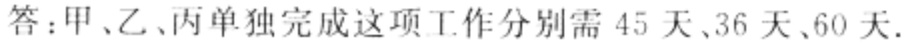
答：甲、乙、丙单独完成这项工作分别需 45 天、36 天、60 天.